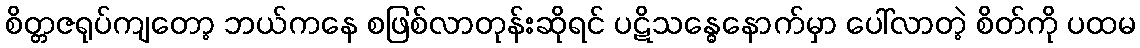
စိတ္တဇရုပ်ကျတော့ ဘယ်ကနေ စဖြစ်လာတုန်းဆိုရင် ပဋိသန္ဓေနောက်မှာ ပေါ်လာတဲ့ စိတ်ကို ပထမ